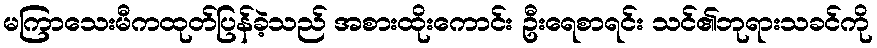
မကြာသေးမီကထုတ်ပြန်ခဲ့သည် အစားထိုးကောင်း ဦးရေစာရင်း သင်၏ဘုရားသခင်ကို